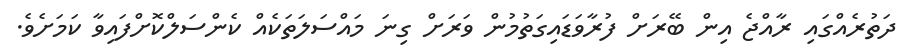
ދަތުރެއްގައި ރާއްޖެ އިން ބޭރަށް ފުރާވަޑައިގަތުމުން ވަރަށް ގިނަ މައްސަލަތަކެއް ކެންސަލްކޮށްފައިވާ ކަމަށެވެ.